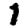
Digit: 1